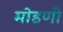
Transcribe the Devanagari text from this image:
मोडणी